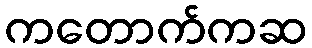
ကတောက်ကဆ